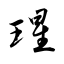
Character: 瑆